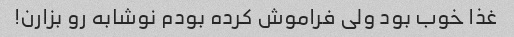
غذا خوب بود ولی فراموش کرده بودم نوشابه رو بزارن!